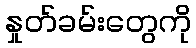
နှုတ်ခမ်းတွေကို